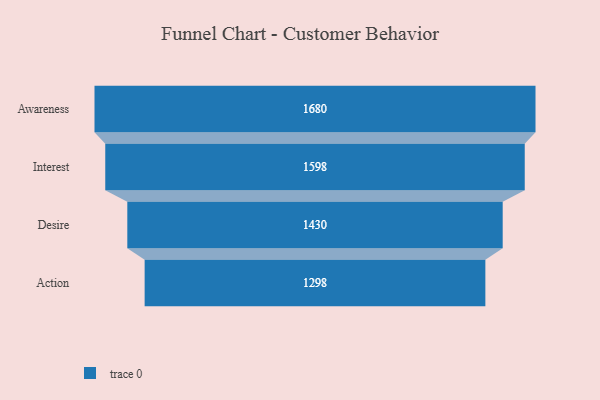
{"axis": {"x": "Stage", "y": "Value"}, "legend": [""], "data": [{"x": "Awareness", "y": 1680.0, "type": ""}, {"x": "Interest", "y": 1598.0, "type": ""}, {"x": "Desire", "y": 1430.0, "type": ""}, {"x": "Action", "y": 1298.0, "type": ""}]}